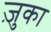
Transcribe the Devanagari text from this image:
ज़ुका